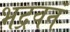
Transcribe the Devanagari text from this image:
भद्रवनं